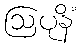
ဩပုနိံ